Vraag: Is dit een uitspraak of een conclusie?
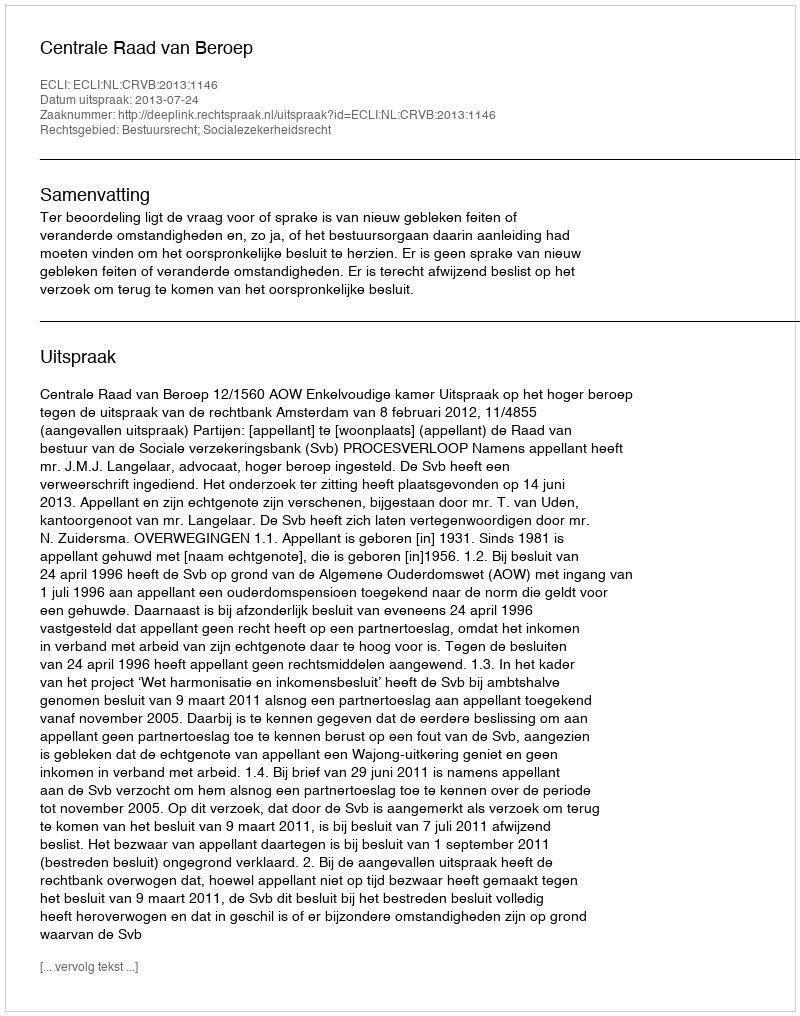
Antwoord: Uitspraak